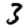
Digit: 3